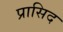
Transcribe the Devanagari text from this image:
प्रासिद